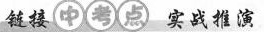
链接中考点实战推演